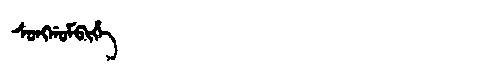
Manchu: ᠰᠣᠩᡤᠣᠮᠪᡳᡥᡝ
Romanization: SONGGOMBIHE